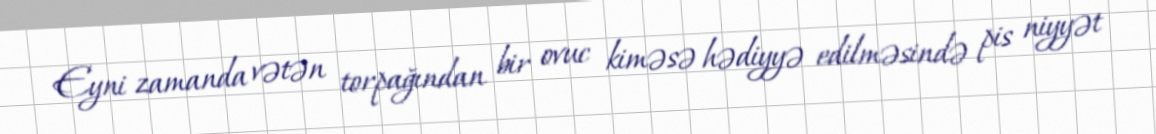
Eyni zamanda vətən torpağından bir ovuc kiməsə hədiyyə edilməsində pis niyyət